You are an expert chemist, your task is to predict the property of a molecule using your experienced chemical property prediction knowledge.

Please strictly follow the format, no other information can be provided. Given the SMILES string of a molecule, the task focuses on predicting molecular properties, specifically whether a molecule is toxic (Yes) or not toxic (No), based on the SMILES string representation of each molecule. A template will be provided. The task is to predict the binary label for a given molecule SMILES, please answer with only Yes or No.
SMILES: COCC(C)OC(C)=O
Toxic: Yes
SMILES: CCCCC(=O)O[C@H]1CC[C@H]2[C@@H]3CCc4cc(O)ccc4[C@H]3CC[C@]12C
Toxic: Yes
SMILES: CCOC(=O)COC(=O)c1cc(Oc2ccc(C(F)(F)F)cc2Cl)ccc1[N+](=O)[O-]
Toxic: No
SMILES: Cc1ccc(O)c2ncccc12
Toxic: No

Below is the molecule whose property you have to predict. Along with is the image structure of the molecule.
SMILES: CCOC(=O)C(C)C(C)=O
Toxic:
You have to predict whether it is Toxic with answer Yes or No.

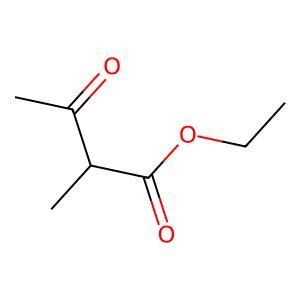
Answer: No